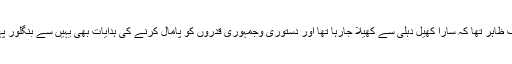
اس سے صاف ظاہر تھا کہ سارا کھیل دہلی سے کھیلا جارہا تھا اور دستوری وجمہوری قدروں کو پامال کرنے کی ہدایات بھی یہیں سے بنگلور پہنچ رہی تھیں۔